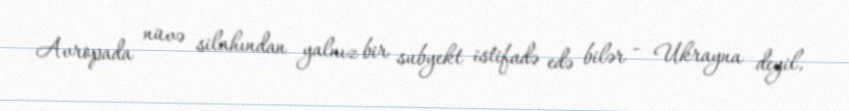
Avropada nüvə silahından yalnız bir subyekt istifadə edə bilər - Ukrayna deyil,